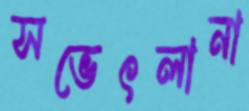
সভেৎলানা